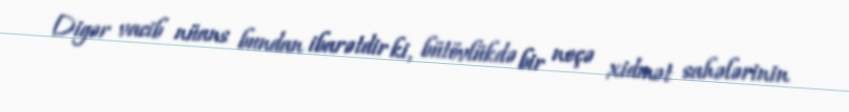
Digər vacib nüans bundan ibarətdir ki, bütövlükdə bir neçə xidmət sahələrinin